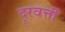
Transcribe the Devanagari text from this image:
दूरवर्त्ती